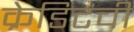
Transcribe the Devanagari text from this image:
क्रेडिटची